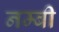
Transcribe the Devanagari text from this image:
नम्बी